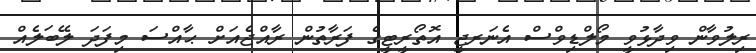
ރިލުވާން ވިދާޅުވީ މޯލްޑިވްސް އެނަރޖީ އޮތޯރީޓީގެ ފަރާތުން ރާއްޖެއަށް ޙާއްސަ މިފަދަ ލޭބަލެއް